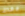
فقط